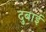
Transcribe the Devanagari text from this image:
दुबाई